Rae_vallavalitsus, lk 77
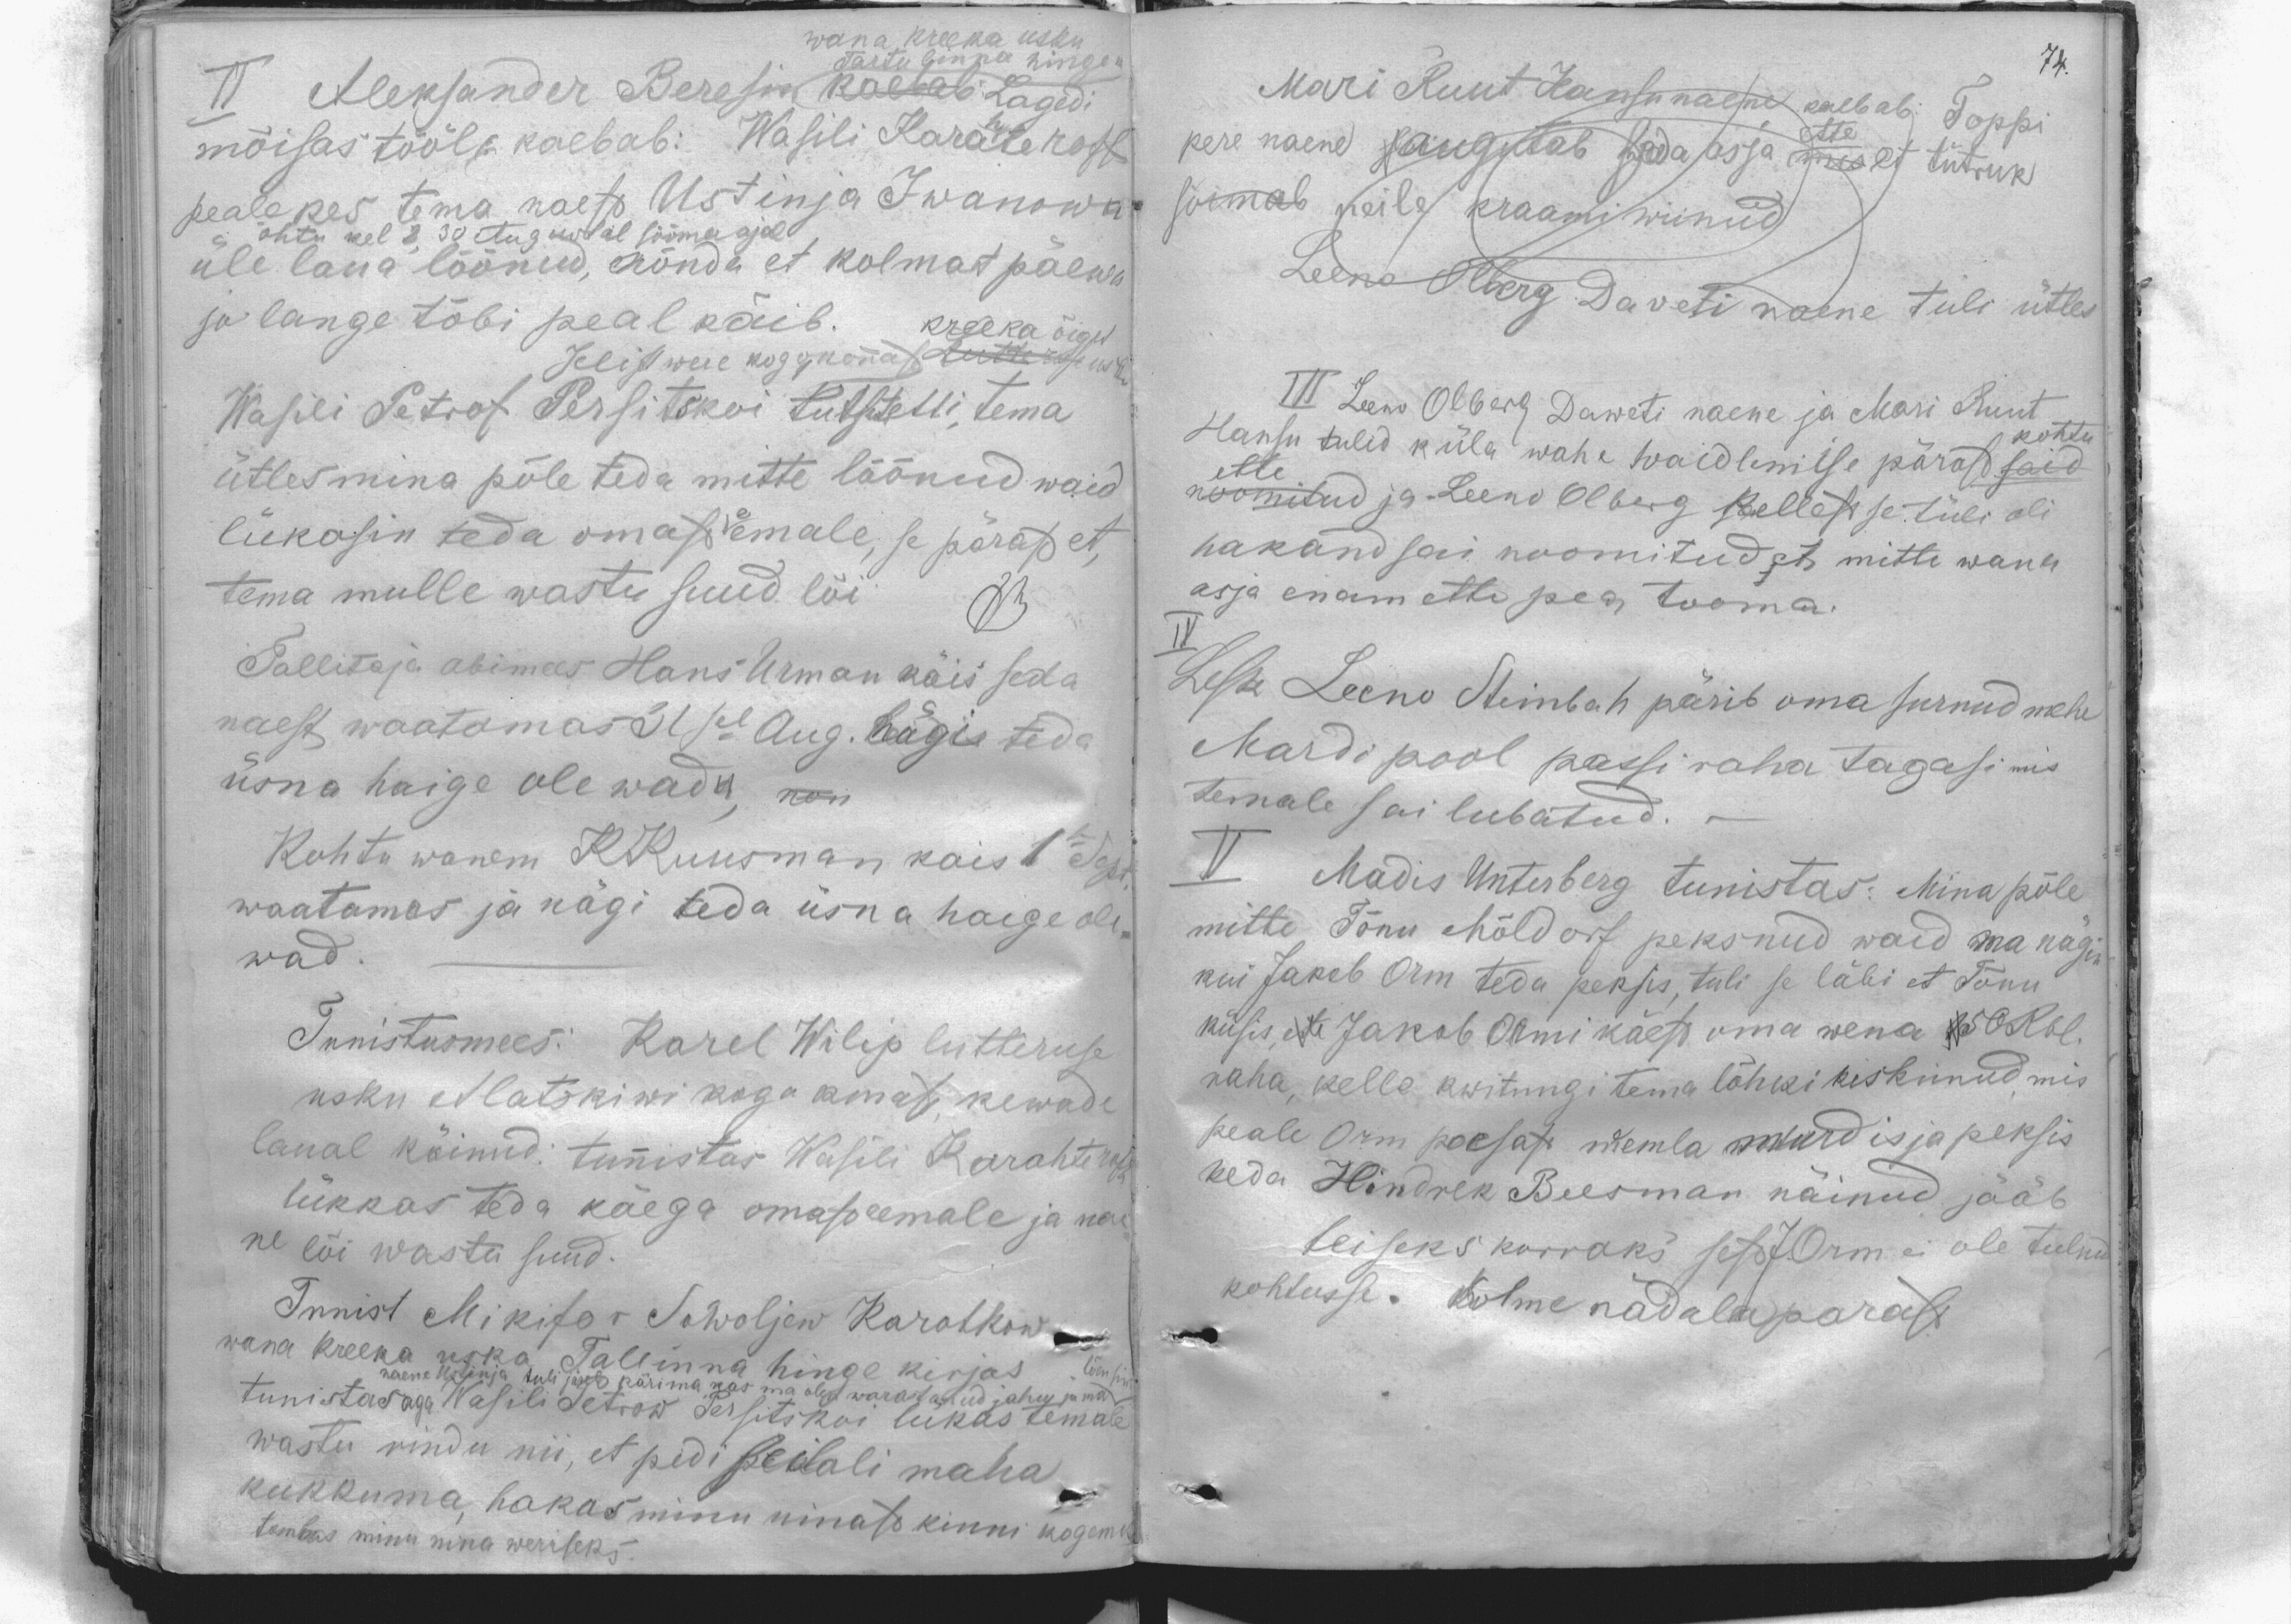
II Aleksander Beresin kaebab Lagedi
wana kreeka usku
Tartu linna hinge
mõisas tööl e kaebab: Wasili Karateroff
peale kes tema naest Ustinja Iwanowa
õhtu kel 8.30 Augustil sööma ajal
üle laua löönud, nõnda et kolmat päewa
jo lange tõbi peal käib.
kreeka õiget
Jelistwere kogokonnast Lutteruse usku
Wasili Petrof Persitskoi Lutsetelli, tema
ütles mina põle teda mitte lõõnud waid
lükasin teda omast eemale, se pärast et,
tema mulle wastu suud lõi. VB
Tallitaja abimees Hans Urman käis seda
naest waatamas 31sel Aug. nägi teda
üsna haige olewad, kom
Kohtu wanem KKuusman kais 1se Sept
waatamas ja nägi teda üsna haige ole-
wad
Tunistusmees: Karel Wilip lutteruse
usku Alatskiwi kogo konast, kewade
laual käinud: tunistas Wasili Karahteroff
lükkas teda käega omast eemale ja nae
ne lõi wastu suud.
Tunnist Mikifor Sowoljew Karotkow
wana kreeka usku Tallinna hinge kirjas
tõensin
tunistas aga Vasili Petrow Persitskoi lükas temale
naene Ustinja tuli järel pärima, kas ma olen warastanud jahu ja ma
wastu rindu nii, et pidi seilali maha
kukkuma, hakas minu ninast kinni kogem
tombas minu nina weriseks.

Mari Ruut Hansu naene kaebab: Toppi
pere naene saugutab seda asja ette mis et tütruk
sõimab neile kraami wiinud
Leeno Olberg Daveti naene tuli ütles
III Leeno Olberg Daweti naene ja Mari Ruut
Hansu tulid küla wahe waidlemise pärast said
kohtu
ette
noomitud ja Leeno Olberg kellest se tüli oli
hakand sai noomitud et mitte wana
asja enam ette pea tooma.
IV
Lesk Leeno Steinbah pärib oma surnud mehi
Mardi pool passi raha tagasi mis
temale sai lubatud.
V
Madis Unterberg tunistas: Mina põle
mitte Tõnu Mõldorf peksnud waid ma nägin
kui Jakob Orm teda peksis, tuli se läbi et Tõnu
küsis, et Jakob Ormi kaest oma wena 150 Rbl.
raha, kelle kwitungi tema lõhki kiskunud, mis
peale Orm poesast wemla murdis ja peksis
keda Hindrek Busman näinud jääb
teiseks korraks sest J.Orm ei ole tulnud
kohtusse. Kolme nädala parast

74.